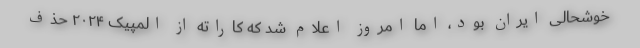
خوشحالی ایران بود، اما امروز اعلام شد که کاراته از المپیک ۲۰۲۴ حذف